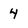
Character: 4